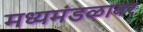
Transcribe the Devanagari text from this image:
मध्यमंडळावर